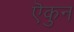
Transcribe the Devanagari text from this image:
ऎकुन